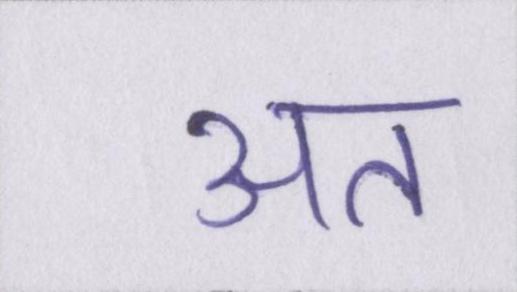
अत